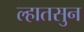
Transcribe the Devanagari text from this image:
ल्हातसुन